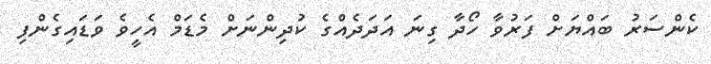
ކެންސަރު ބައްޔަށް ފަރުވާ ހޯދާ ގިނަ އަދަދެއްގެ ކުދިންނަށް މެޑަމް އެހީވެ ވަޑައިގެންފި